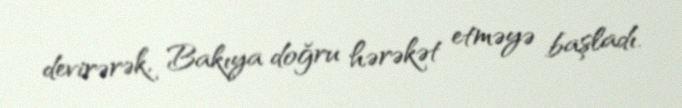
devirərək, Bakıya doğru hərəkət etməyə başladı.